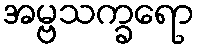
အမ္ဗသက္ခရော